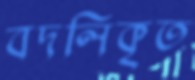
বদলিকৃত